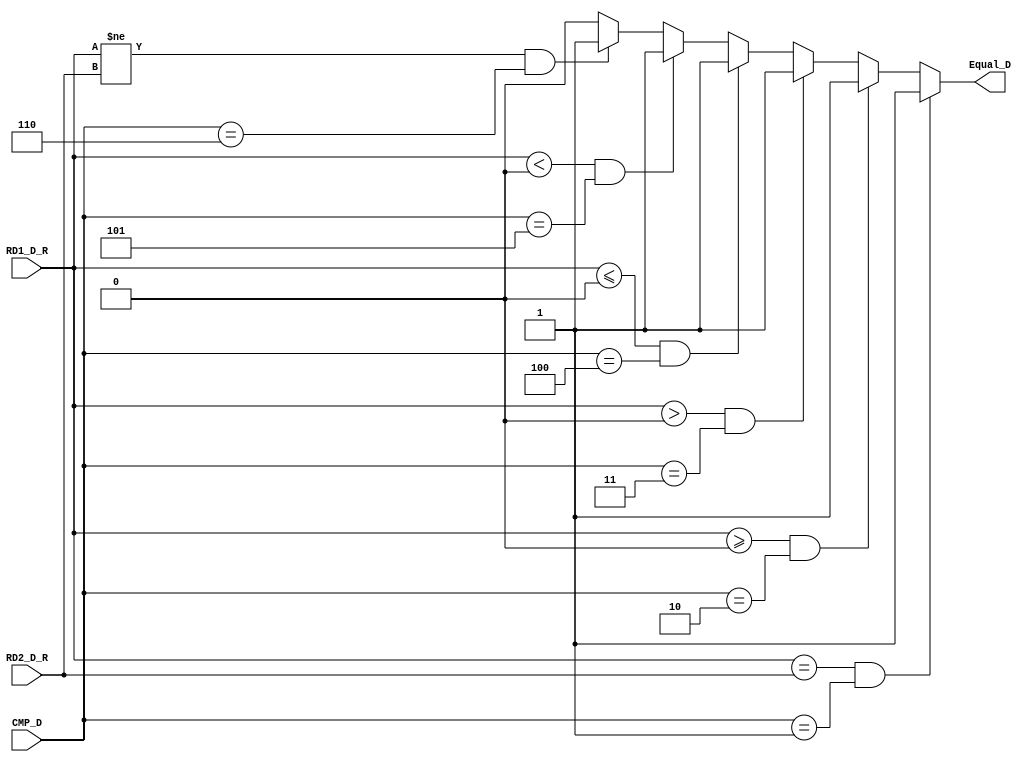
`timescale 1ns / 1ps
//////////////////////////////////////////////////////////////////////////////////
// Company: 
// Engineer: 
// 
// Design Name: 
// Module Name:    Compare 
// Project Name: 
// Target Devices: 
// Tool versions: 
// Description: 
//
// Dependencies: 
//
// Revision: 
// Revision 0.01 - File Created
// Additional Comments: 
//
//////////////////////////////////////////////////////////////////////////////////
module Compare(
    input [31:0] RD1_D_R,
    input [31:0] RD2_D_R,
    output Equal_D,
	 input [2:0] CMP_D
    );
	 
	assign Equal_D = (($signed(RD1_D_R)==$signed(RD2_D_R)) & (CMP_D == 3'b001)) ? 1 :
						  (($signed(RD1_D_R)>=0)       & (CMP_D == 3'b010)) ? 1 :
						  (($signed(RD1_D_R)>0)        & (CMP_D == 3'b011)) ? 1 :
	                 (($signed(RD1_D_R)<=0)       & (CMP_D == 3'b100)) ? 1 :
	                 (($signed(RD1_D_R)<0)        & (CMP_D == 3'b101)) ? 1 :
	                 (($signed(RD1_D_R)!=$signed(RD2_D_R)) & (CMP_D == 3'b110)) ? 1 : 0;
	
endmodule